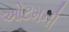
ઓટમની